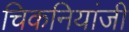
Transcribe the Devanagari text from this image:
चिकनियांजी